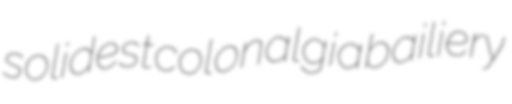
solidest colonalgia bailiery